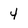
Character: 4